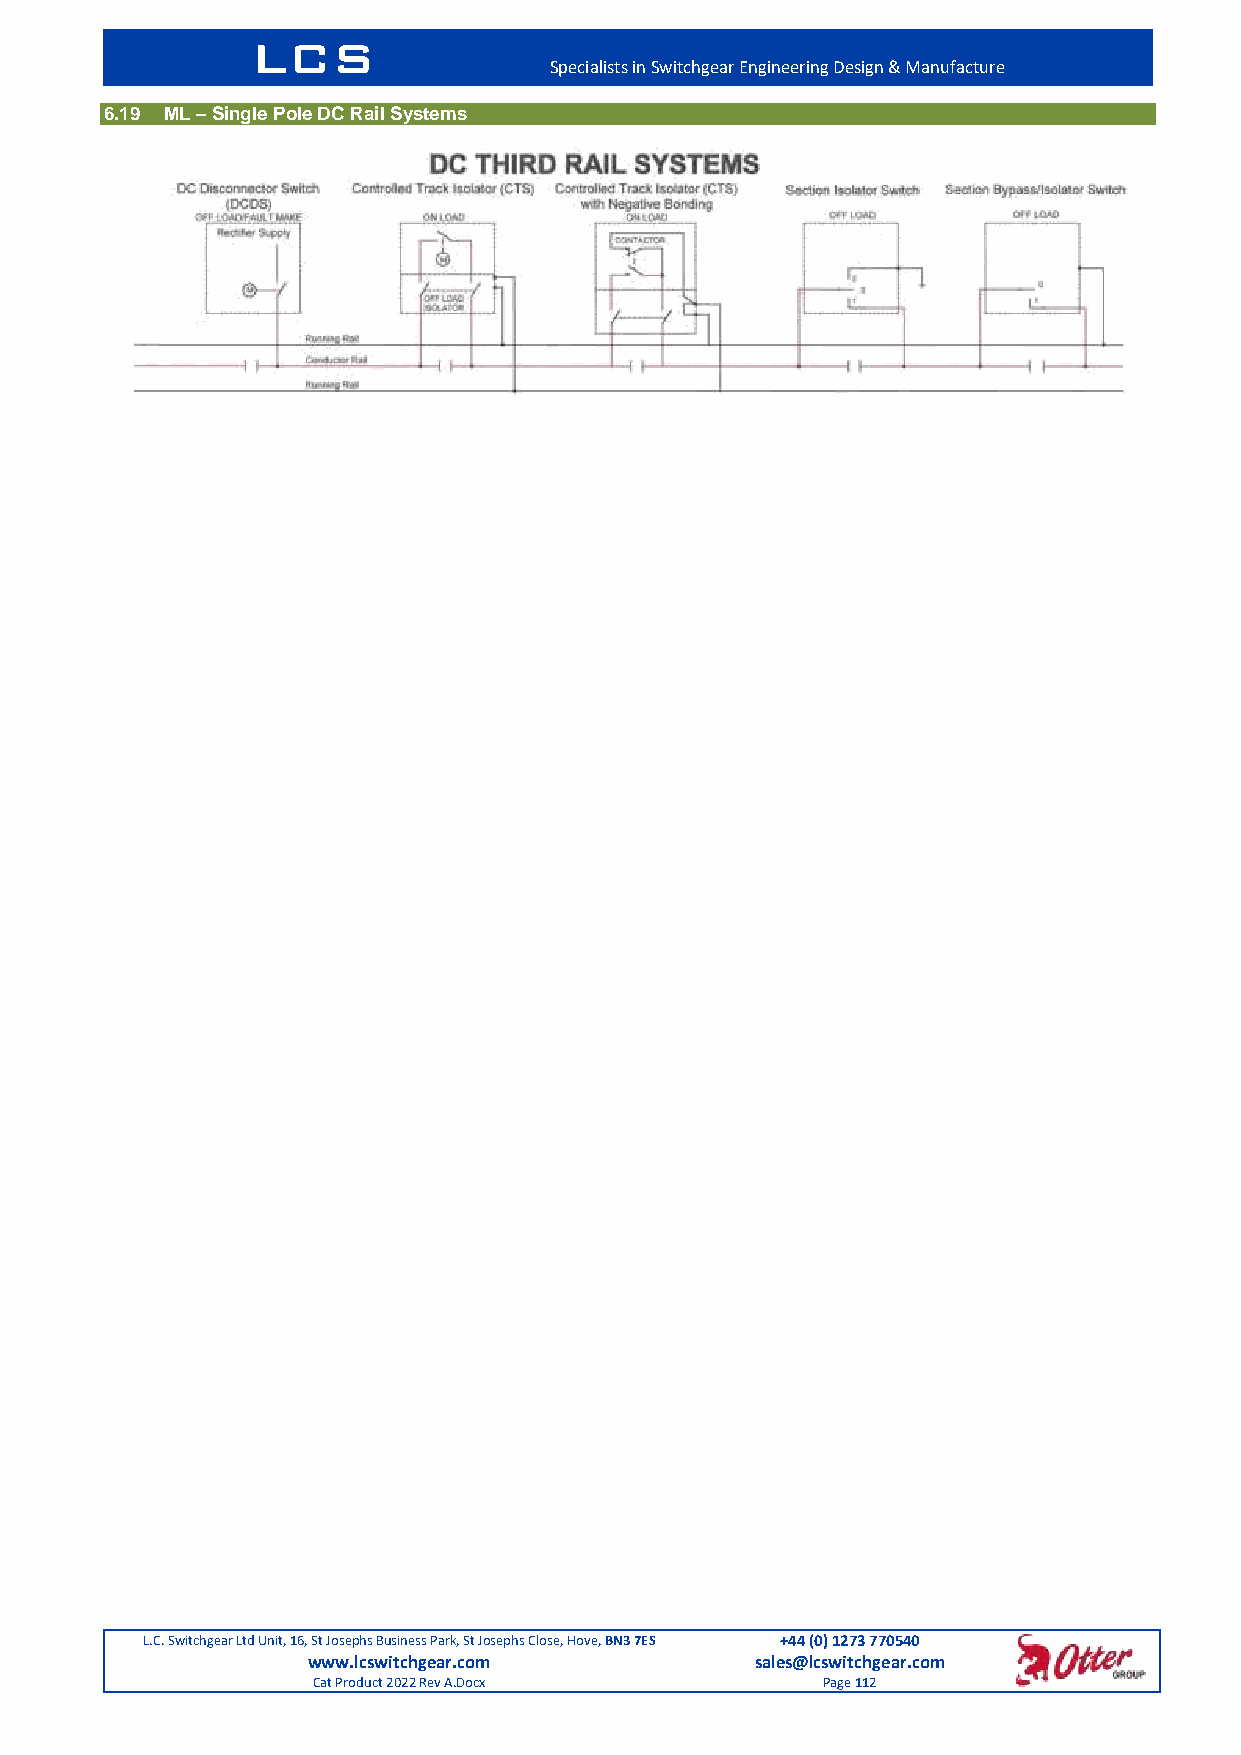
LCS
 Specialists in Switchgear Engineering Design & Manufacture
 6.19 ML – Single Pole DC Rail Systems
 L.C. Switchgear Ltd Unit, 16, St Josephs Business Park, St Josephs Close, Hove, BN3 7ES +44 (0) 1273 770540
 www.lcswitchgear.com          sales@lcswitchgear.com
 Cat Product 2022 Rev A.Docx      Page 112